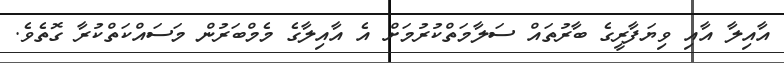
އާއިލާ އާއި ވިޔަފާރީގެ ބާރުތައް ސަލާމަތްކުރުމަށް އެ އާއިލާގެ މެމްބަރުން މަސައްކަތްކުރާ ގޮތެވެ.